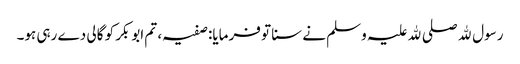
رسول ﷲ صلی ﷲ علیہ وسلم نے سنا تو فرمایا: صفیہ، تم ابوبکر کو گالی دے رہی ہو۔